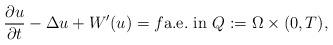
LaTeX: \begin{align*}\frac{\partial u}{\partial t}-\Delta u +W'(u) = f\mbox{a.e.\ in }Q:=\Omega \times (0,T), \end{align*}